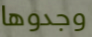
وجدوها